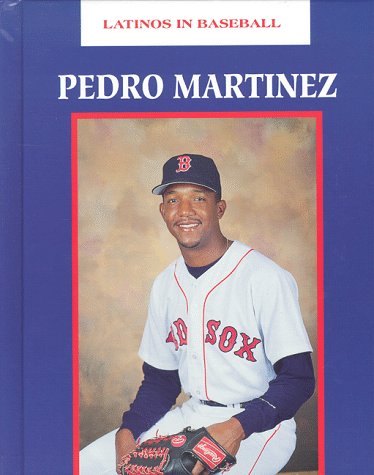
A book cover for Pedro Martinez (Latinos in Baseball); Jim Gallagher; Teen & Young Adult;